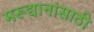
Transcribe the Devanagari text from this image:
मरूद्यानांसाठी